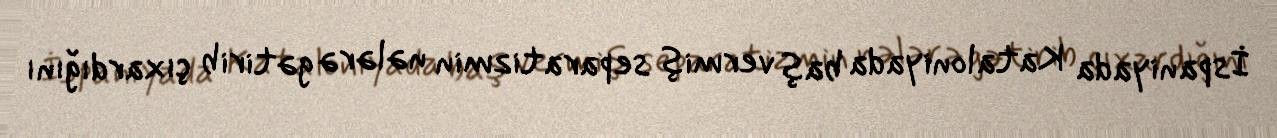
İspaniyada Kataloniyada baş vermiş separatizmin nələrə gətirib çıxardığını